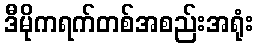
ဒီမိုကရက်တစ်အစည်းအရုံး